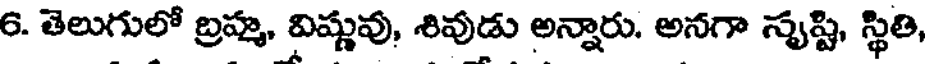
6. తెలుగులో బ్రహ్మ, విష్ణువు, శివుడు అన్నారు. అనగా సృష్టి, స్థితి,